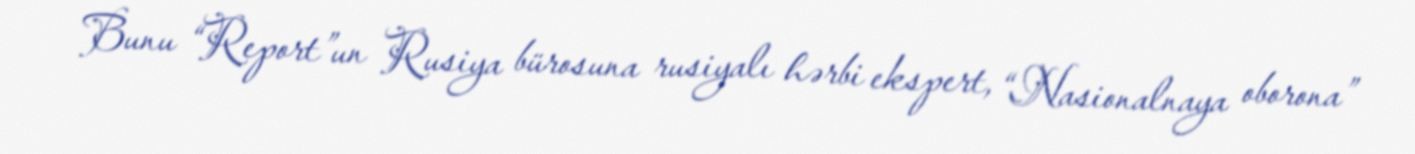
Bunu “Report”un Rusiya bürosuna rusiyalı hərbi ekspert, “Nasionalnaya oborona”